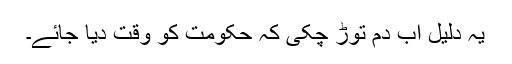
یہ دلیل اب دم توڑ چکی کہ حکومت کو وقت دیا جائے۔